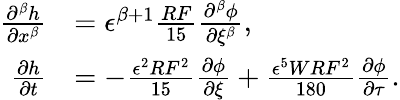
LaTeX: \begin{array}{rl}{\frac{\partial^{\beta}h}{\partial x^{\beta}}}&{=\epsilon^{\beta+1}\frac{RF}{15}\frac{\partial^{\beta}\phi}{\partial\xi^{\beta}},}\\ {\frac{\partial h}{\partial t}}&{=-\frac{\epsilon^{2}RF^{2}}{15}\frac{\partial\phi}{\partial\xi}+\frac{\epsilon^{5}WRF^{2}}{180}\frac{\partial\phi}{\partial\tau}.}\end{array}